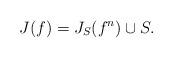
LaTeX: \begin{align*}J(f) = J_{S}(f^n) \cup S.\end{align*}